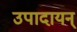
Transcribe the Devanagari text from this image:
उपादायन्